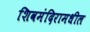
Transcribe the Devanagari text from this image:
शिवमंदिरामधील